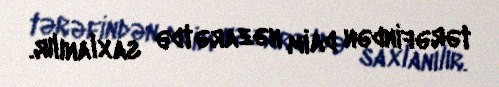
tərəfindən daim nəzarətdə saxlanılır.